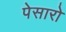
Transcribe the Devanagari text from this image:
पेसारो